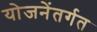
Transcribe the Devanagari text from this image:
योजनेंतर्गत